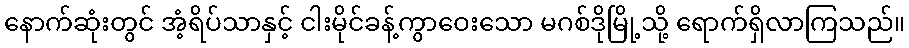
နောက်ဆုံးတွင် အံ့ရိပ်သာနှင့် ငါးမိုင်ခန့်ကွာဝေးသော မဂစ်ဒိုမြို့သို့ ရောက်ရှိလာကြသည်။